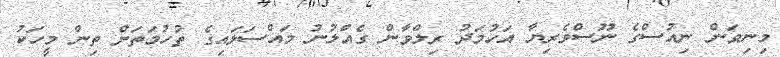
މިނިވަން ނިއުސްގެ ނޫސްވެރިޔާ އަހުމަދު ރިލްވާން ގެއްލުނު މައްސަލައިގެ ތުހުމަތަށް ތިން މީހަކު